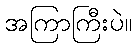
အကြာကြီးပဲ။